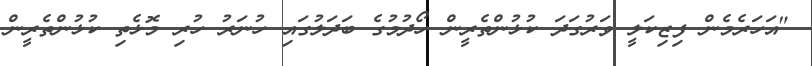
"އަހަރެމެން ފިޒިކަލީ ވަރުގަދަ ކުޅުންތެރީން ހޯދުމުގެ ބަދަލުގައި ހުނަރު ހުރި މޮޅެތި ކުޅުންތެރީން